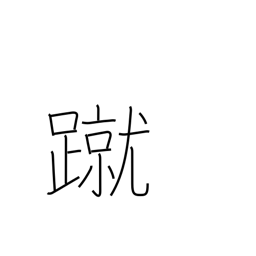
Meaning: kick